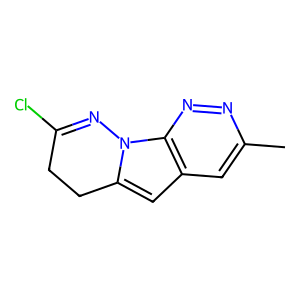
SMILES: Cc1cc2cc3n(c2nn1)N=C(Cl)CC3
Inhibits HIV replication: No